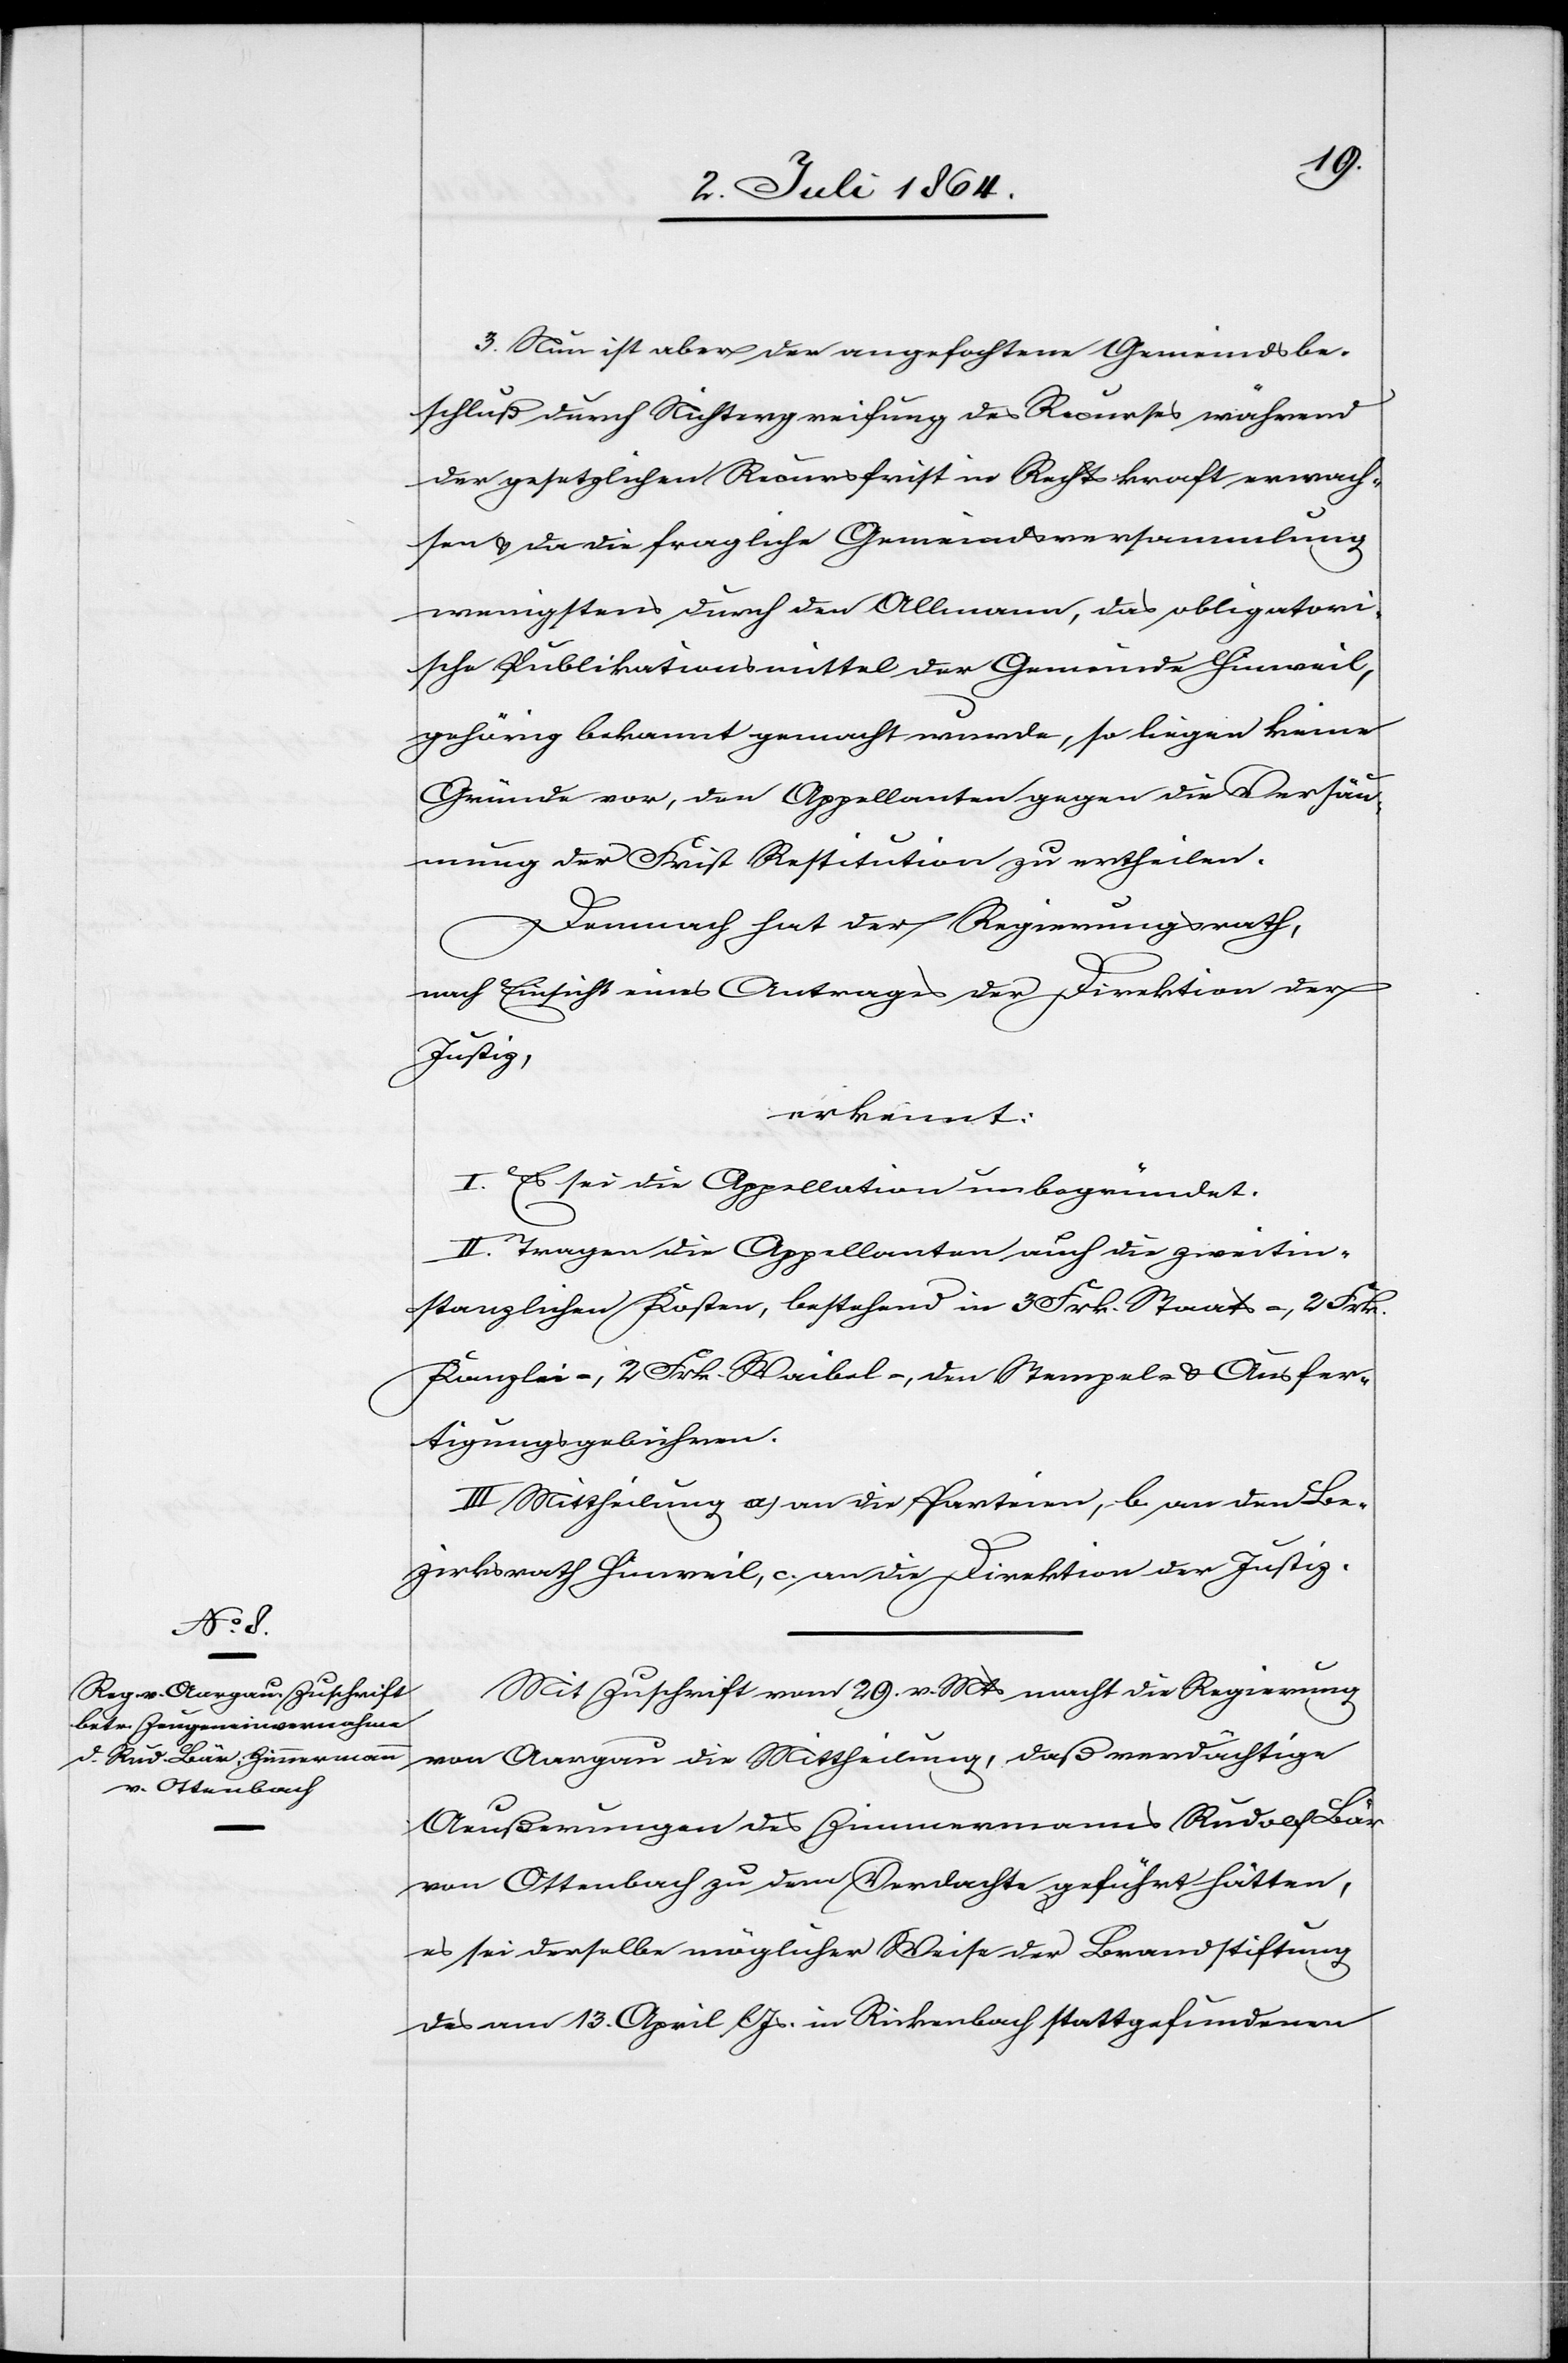
3. Nun ist aber der angefochtene Gemeindsbe¬
schluß durch Nichtergreifung des Recurses während
der gesetzlichen Recursfrist in Rechtskraft erwach¬
sen u. da die fragliche Gemeindsversammlung
wenigstens durch den Allmann, das obligatori¬
sche Publikationsmittel der Gemeinde Hinweil,
gehörig bekannt gemacht wurde, so liegen keine
Gründe vor, den Appellanten gegen die Versäu¬
mung der Frist Restitution zu ertheilen.
Demnach hat der Regierungsrath,
nach Einsicht eines Antrages der Direktion der
Justiz,
erkannt:
I. Es sei die Appellation unbegründet.
II. Tragen die Appellanten auch die zweitin¬
stanzlichen Kosten, bestehend in 3 Frk. Staats-, 2 Frk.
Kanzlei-, 2 Frk. Waibel-, den Stempel- u. Ausfer¬
tigungsgebühren.
III. Mittheilung a) an die Parteien, b) an den Be¬
zirksrath Hinweil, c) an die Direktion der Justiz.
Mit Zuschrift vom 29. v. Mts. macht die Regierung
von Aargau die Mittheilung, daß verdächtige
Aeußerungen des Zimmermanns Rudolf Bär
von Ottenbach zu dem Verdachte geführt hätten,
es sei derselbe möglicher Weise der Brandstiftung
des am 13. April l. Js. in Rickenbach stattgefundenen